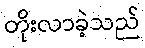
တိုးလာခဲ့သည်